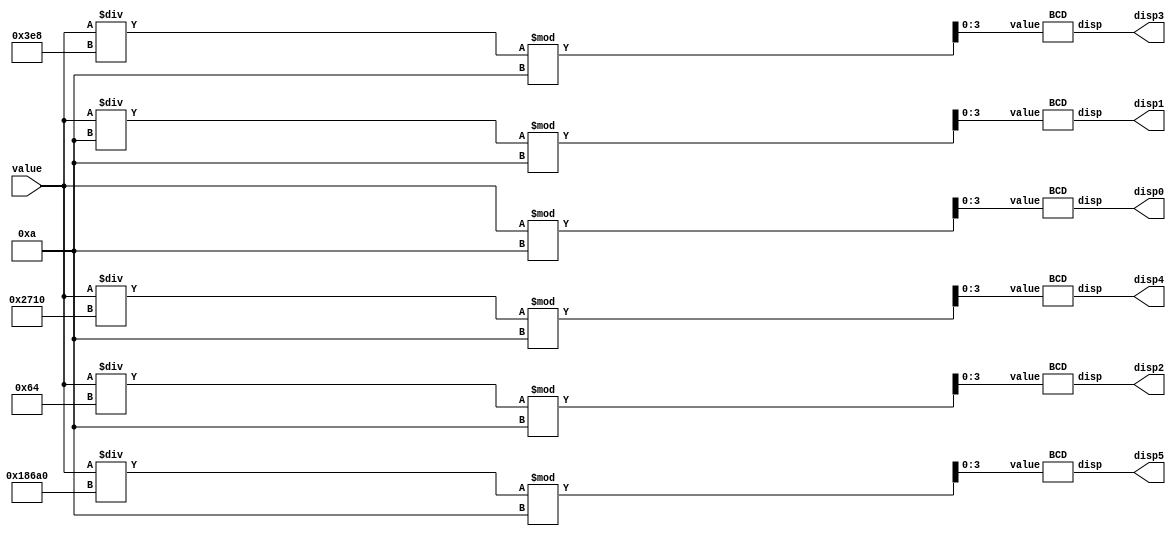



module SevenSegment(value, disp0, disp1, disp2, disp3, disp4, disp5);
	input [19:0] value;
	output [6:0] disp0;
	output [6:0] disp1;
	output [6:0] disp2;
	output [6:0] disp3;
	output [6:0] disp4;
	output [6:0] disp5;
	
	wire [ 3:0 ] DispValues [  5 : 0 ];		// Values passed to BCD decoder
	
	assign DispValues[0] = value % 10;					
	assign DispValues[1] = (value/10) % 10;
	assign DispValues[2] = (value/100) % 10;
	assign DispValues[3] = (value/1000) % 10;
	assign DispValues[4] = (value/10000) % 10;
	assign DispValues[5] = (value/100000) % 10;

	BCD Disp_0( .value(DispValues[0]) , .disp(disp0) );
	BCD Disp_1( .value(DispValues[1]) , .disp(disp1) );
	BCD Disp_2( .value(DispValues[2]) , .disp(disp2) );
	BCD Disp_3( .value(DispValues[3]) , .disp(disp3) );
	BCD Disp_4( .value(DispValues[4]) , .disp(disp4) );
	BCD Disp_5( .value(DispValues[5]) , .disp(disp5) );	

endmodule

module BCD(value, disp);
	input [3:0] value;
	output reg [6:0] disp;

	always @(*)
	begin
		case(value)
			4'b0000 : disp [6:0] <= 7'b1000000;// 0 <= 7'h7E;
			4'b0001 : disp [6:0] <= 7'b1111001;// 1 <= 7'h60;
			4'b0010 : disp [6:0] <= 7'b0100100;// 2 <= 7'h6D;
			4'b0011 : disp [6:0] <= 7'b0110000;// 3 <= 7'h79;
			4'b0100 : disp [6:0] <= 7'b0011001;// 4 <= 7'h33;
			4'b0101 : disp [6:0] <= 7'b0010010;// 5 <= 7'h5B;
			4'b0110 : disp [6:0] <= 7'b0000010;// 6 <= 7'h5F;
			4'b0111 : disp [6:0] <= 7'b1111000;// 7 <= 7'h70;
			4'b1000 : disp [6:0] <= 7'b0000000;// 8 <= 7'h7F;
			4'b1001 : disp [6:0] <= 7'b0011000;// 9 <= 7'h7B;
			default:	disp [6:0] <= 7'b0000001;// 9 <= 7'h7B;
		endcase
	end	

endmodule